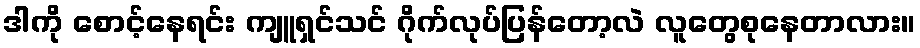
ဒါကို စောင့်နေရင်း ကျူရှင်သင် ဂိုက်လုပ်ပြန်တော့လဲ လူတွေစုနေတာလား။